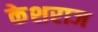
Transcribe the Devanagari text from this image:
केशराज